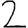
Digit: 2